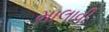
માલાવી